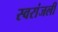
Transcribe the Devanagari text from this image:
स्वरांजली